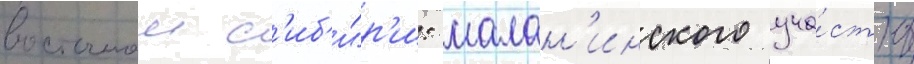
восточнои с'иб'и́р'и: малан'инского уча́стка